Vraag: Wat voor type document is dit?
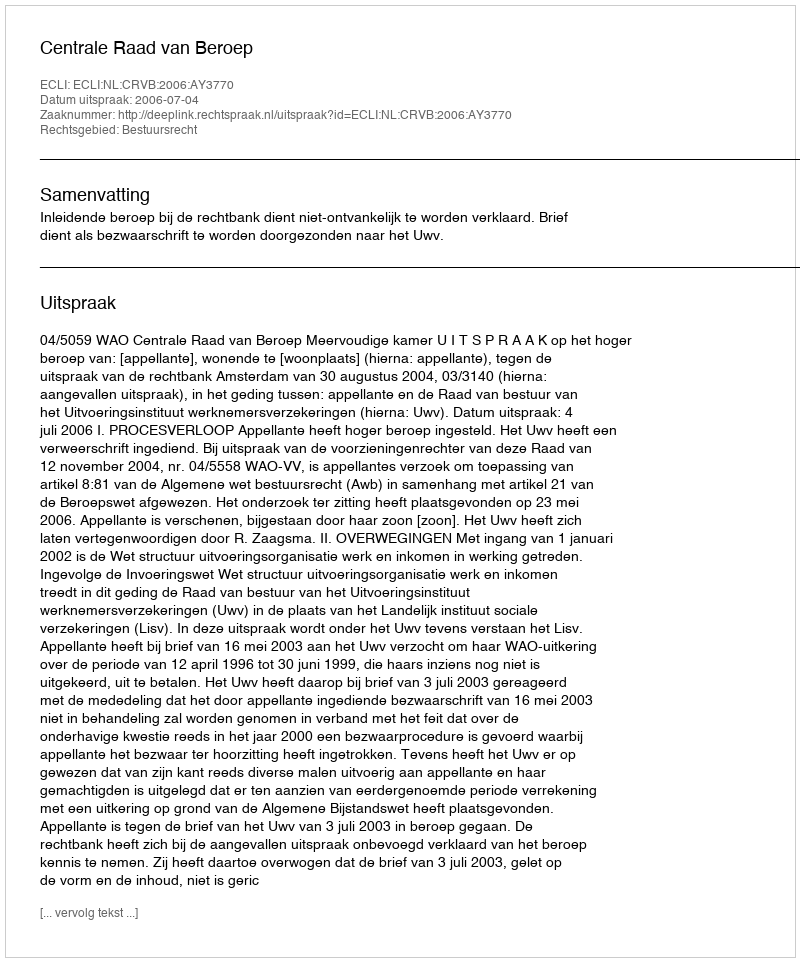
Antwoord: Uitspraak